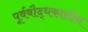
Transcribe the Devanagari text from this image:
पूर्वबौद्धकालीन